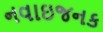
નવાઇજનક